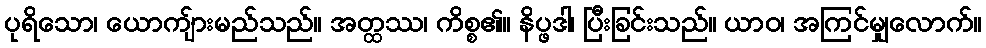
ပုရိသော၊ ယောကျ်ားမည်သည်။ အတ္ထဿ၊ ကိစ္စ၏။ နိပ္ဖဒါ၊ ပြီးခြင်းသည်။ ယာဝ၊ အကြင်မျှလောက်။